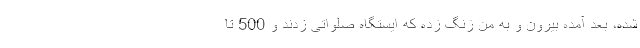
شده، بعد آمده بیرون و به من زنگ زده که ایستگاه صلواتی زدند و 500 تا